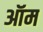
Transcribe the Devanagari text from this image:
ऑम